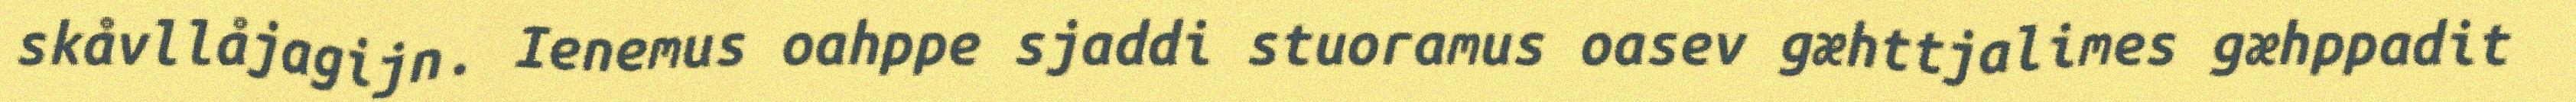
skåvllåjagijn. Ienemus oahppe sjaddi stuoramus oasev gæhttjalimes gæhppadit